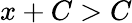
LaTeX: x+C>C